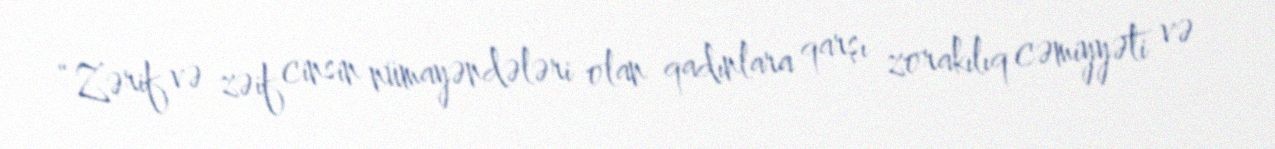
“Zərif və zəif cinsin nümayəndələri olan qadınlara qarşı zorakılıq cəmiyyəti və